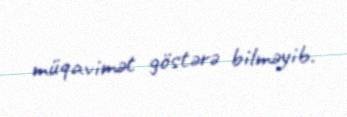
müqavimət göstərə bilməyib.